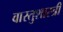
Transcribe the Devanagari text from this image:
वास्‍तुशास्‍त्री